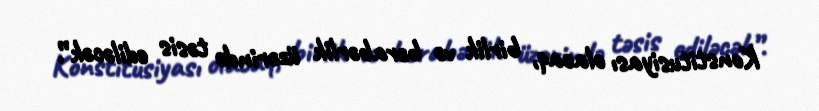
Konstitusiyası olacaq, birlik və bərabərlik üzərində təsis ediləcək”.